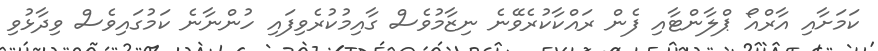
ކަަމަށާއި އާރްއޯ ޕްލާންޓާއި ފެން ރައްކާކުރެވޭނެ ނިޒާމުވެސް ގާއިމުކުރެވިފައި ހުންނާނެ ކަމުގައިވެސް ވިދާޅުވި